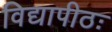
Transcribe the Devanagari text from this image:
विद्यापीठः